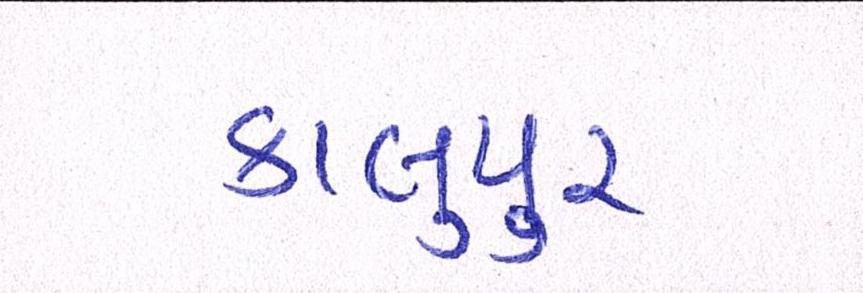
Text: કાલુપુર